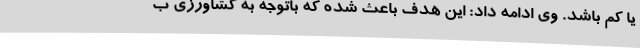
یا کم باشد. وی ادامه داد: این هدف باعث شده که باتوجه به کشاورزی ب